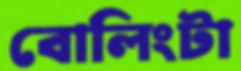
বোলিংটা